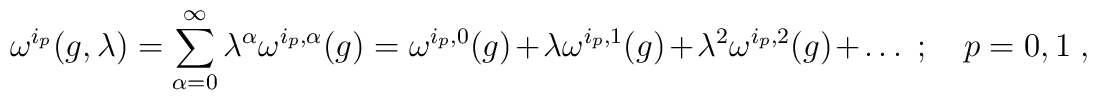
\omega^{i_{ p}}(g,\lambda)  =  \sum_{\alpha=0}^{\infty}\lambda^\alpha \omega^{i_{p},\alpha}(g) = \omega^{i_{ p},0}(g) +\lambda \omega^{i_{ p},1}(g) + \lambda^2 \omega^{i_{ p},2}(g) +\ldots \; ; \quad  p=0,1 \; ,